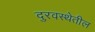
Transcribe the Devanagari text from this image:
दुरवस्थेतील